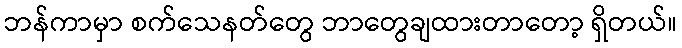
ဘန်ကာမှာ စက်သေနတ်တွေ ဘာတွေချထားတာတော့ ရှိတယ်။